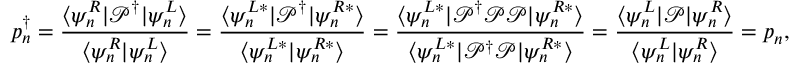
p _ { n } ^ { \dagger } = \frac { \langle \psi _ { n } ^ { R } | \mathcal { P } ^ { \dagger } | \psi _ { n } ^ { L } \rangle } { \langle \psi _ { n } ^ { R } | \psi _ { n } ^ { L } \rangle } = \frac { \langle \psi _ { n } ^ { L * } | \mathcal { P } ^ { \dagger } | \psi _ { n } ^ { R * } \rangle } { \langle \psi _ { n } ^ { L * } | \psi _ { n } ^ { R * } \rangle } = \frac { \langle \psi _ { n } ^ { L * } | \mathcal { P } ^ { \dagger } \mathcal { P } \mathcal { P } | \psi _ { n } ^ { R * } \rangle } { \langle \psi _ { n } ^ { L * } | \mathcal { P } ^ { \dagger } \mathcal { P } | \psi _ { n } ^ { R * } \rangle } = \frac { \langle \psi _ { n } ^ { L } | \mathcal { P } | \psi _ { n } ^ { R } \rangle } { \langle \psi _ { n } ^ { L } | \psi _ { n } ^ { R } \rangle } = p _ { n } ,